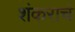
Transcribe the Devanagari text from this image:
शंकराच॓